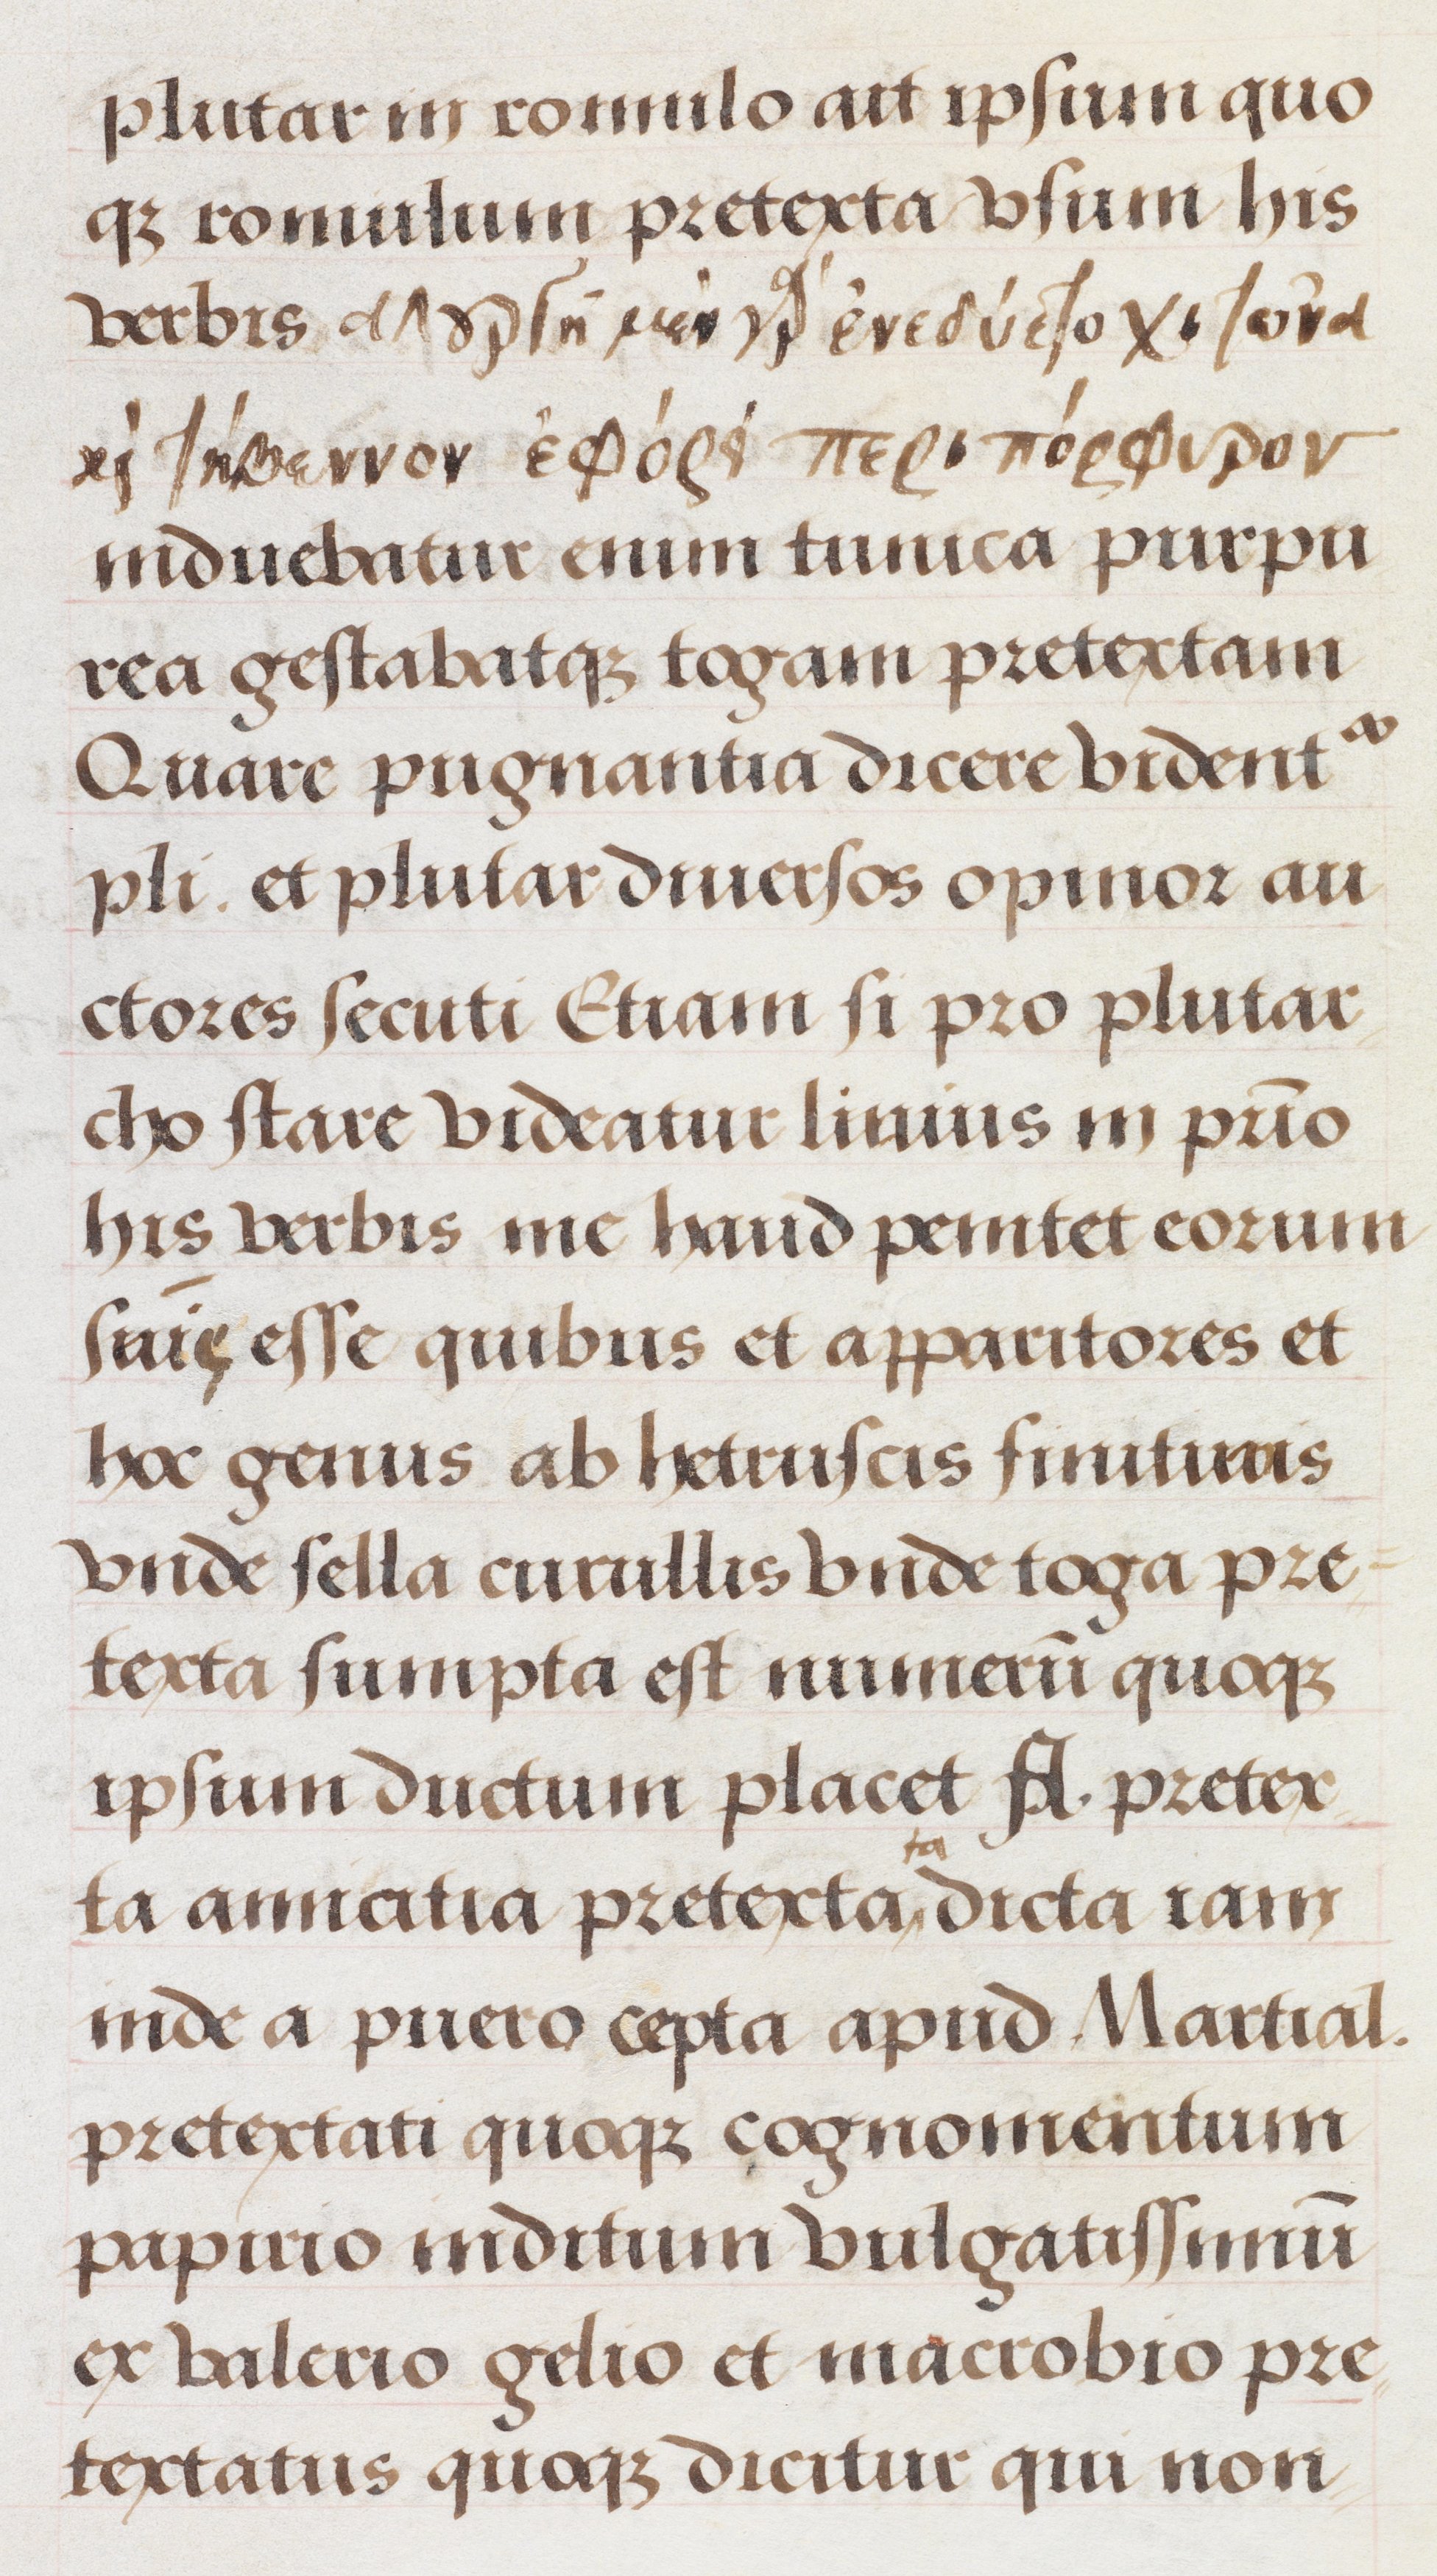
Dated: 1500–1549